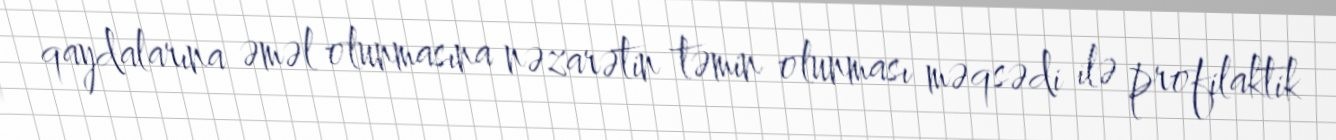
qaydalarına əməl olunmasına nəzarətin təmin olunması məqsədi ilə profilaktik